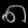
Digit: ၈